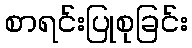
စာရင်းပြုစုခြင်း